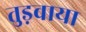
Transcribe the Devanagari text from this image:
तुड़वाया